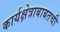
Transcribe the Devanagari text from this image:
कार्यक्षेत्राबाबतची